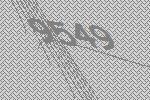
9549